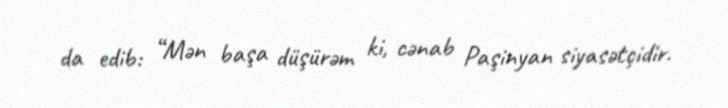
da edib: “Mən başa düşürəm ki, cənab Paşinyan siyasətçidir.